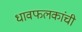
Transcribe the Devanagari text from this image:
धावफलकांची